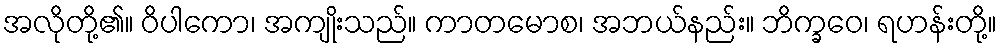
အလိုတို့၏။ ဝိပါကော၊ အကျိုးသည်။ ကာတမောစ၊ အဘယ်နည်း။ ဘိက္ခဝေ၊ ရဟန်းတို့။